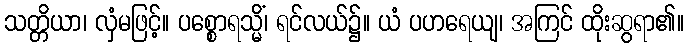
သတ္တိယာ၊ လှံမဖြင့်။ ပစ္စောရသ္မိံ၊ ရင်လယ်၌။ ယံ ပဟရေယျ၊ အကြင် ထိုးဆွရာ၏။